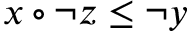
x \circ \lnot z \leq \lnot y